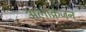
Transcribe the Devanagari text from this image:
अलोक्रंजन